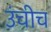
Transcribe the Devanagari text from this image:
उंचीच